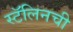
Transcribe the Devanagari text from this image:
स्टॅलिनची